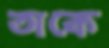
তাকে